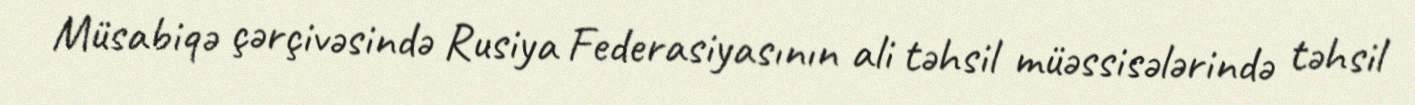
Müsabiqə çərçivəsində Rusiya Federasiyasının ali təhsil müəssisələrində təhsil